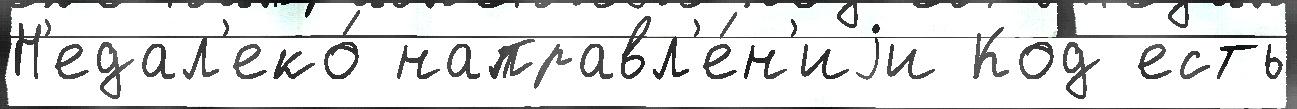
Н'едал'еко́ направл'е́н'иjи Код есть